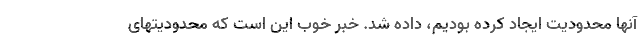
آنها محدودیت ایجاد کرده بودیم، داده شد. خبر خوب این است که محدودیتهای